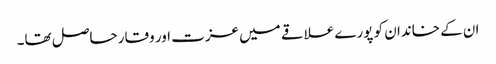
ان کے خاندان کو پورے علاقے میں عزت اور وقار حاصل تھا۔